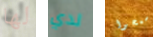
لها لدي اسمحوا